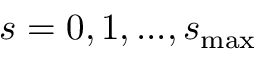
s = 0 , 1 , . . . , s _ { \mathrm { m a x } }